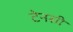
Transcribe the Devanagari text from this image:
टेनसी